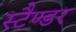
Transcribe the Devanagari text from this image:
स्टैण्डर